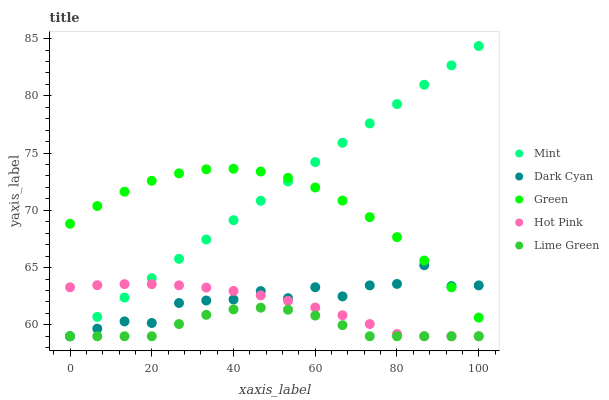
| xaxis_label | Mint | Dark Cyan | Green | Hot Pink | Lime Green |
 | --- | --- | --- | --- | --- | --- |
 | 0 | 59 | 59 | 68.8 | 63.3 | 59 |
 | 6.67 | 60.7 | 59.7 | 70.4 | 63.5 | 59 |
 | 13.3 | 62.4 | 60.3 | 71.6 | 63.6 | 59 |
 | 20 | 64.1 | 60.2 | 72.6 | 63.5 | 59 |
 | 26.7 | 65.8 | 61.9 | 73.2 | 63.4 | 60.1 |
 | 33.3 | 67.5 | 62.1 | 73.6 | 63.3 | 60.9 |
 | 40 | 69.1 | 62.2 | 73.6 | 63 | 61.3 |
 | 46.7 | 70.8 | 62.9 | 73.4 | 62.6 | 61.5 |
 | 53.3 | 72.5 | 62.3 | 72.8 | 62.1 | 61.3 |
 | 60 | 74.2 | 63.3 | 72 | 61.5 | 60.8 |
 | 66.7 | 75.9 | 62.5 | 70.8 | 60.8 | 60 |
 | 73.3 | 77.6 | 63.4 | 69.4 | 60.1 | 59 |
 | 80 | 79.3 | 63.6 | 67.7 | 59.2 | 59 |
 | 86.7 | 81 | 65.2 | 65.6 | 59 | 59 |
 | 93.3 | 82.7 | 63.4 | 63.3 | 59 | 59 |
 | 100 | 84.4 | 63.4 | 60.6 | 59 | 59 |